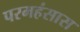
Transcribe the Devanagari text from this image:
परमहंसास